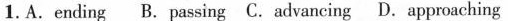
1.A.ending B.passing C.advancing D. approaching